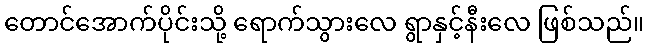
တောင်အောက်ပိုင်းသို့ ရောက်သွားလေ ရွာနှင့်နီးလေ ဖြစ်သည်။